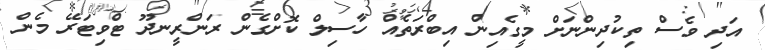
އަދި ވެސް ތިކުދިންނަށް މީގެއިން އިބްރަތެއް ހާސިލް ކޮށްގެން ރަންރީނދޫ ޓްވިޓަރޭ މެން